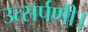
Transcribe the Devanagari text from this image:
उत्सर्पणी।